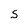
Character: S